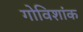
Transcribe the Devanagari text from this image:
गोविशांक